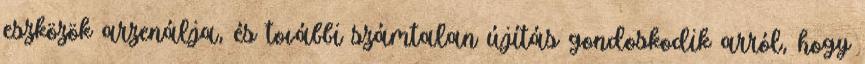
eszközök arzenálja, és további számtalan újítás gondoskodik arról, hogy